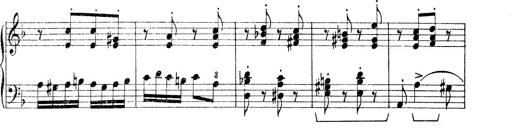
Title: Rapsodie: 19 ungheresi, 1 spagnuola
Composer: Franz Liszt